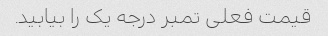
قیمت فعلی تمبر درجه یک را بیابید.